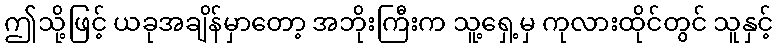
ဤသို့ဖြင့် ယခုအချိန်မှာတော့ အဘိုးကြီးက သူ့ရှေ့မှ ကုလားထိုင်တွင် သူနှင့်